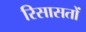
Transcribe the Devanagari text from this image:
रिसासतों